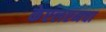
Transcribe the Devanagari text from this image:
केएलएमचा